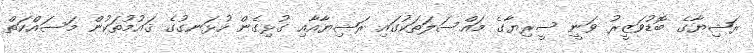
ރަޝިޔާގެ ބޮޑުވަޒީރު ވަނީ ސީރިޔާގެ މައްސަލަތަކުގައި ރަޝިޔާއާއި ގުޅިގެން ހުޅަނގުގެ ޤައުމުތަކުން މަސައްކަތް